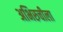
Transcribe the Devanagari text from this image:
अभिरुचीला